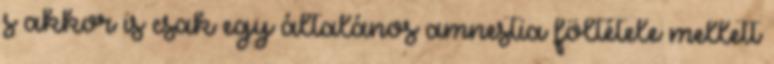
s akkor is csak egy általános amnestia föltétele mellett